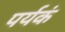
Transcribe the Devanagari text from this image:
पर्यकं